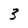
Character: 3